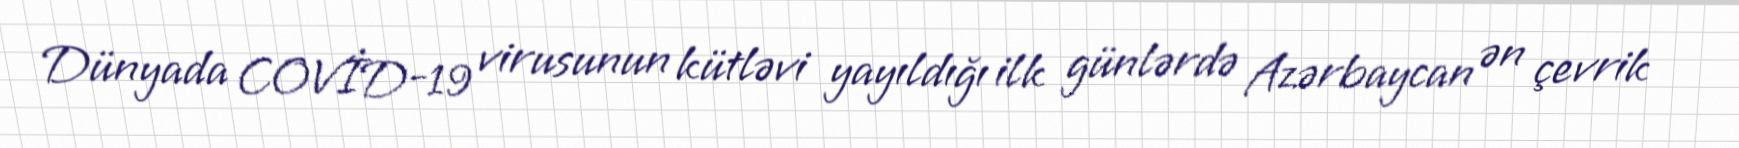
Dünyada COVİD-19 virusunun kütləvi yayıldığı ilk günlərdə Azərbaycan ən çevrik